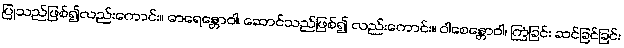
ပြုသည်ဖြစ်၍လည်းကောင်း။ ဓာရေန္တောဝါ၊ ဆောင်သည်ဖြစ်၍ လည်းကောင်း။ ဝါစေန္တောဝါ၊ ကြံခြင်း ဆင်ခြင်ခြင်း